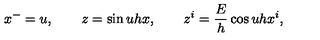
x ^ { - } = u , \qquad z = \sin u h x , \qquad z ^ { i } = \frac { E } { h } \cos u h x ^ { i } , \nonumber